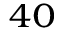
^ { 4 0 }